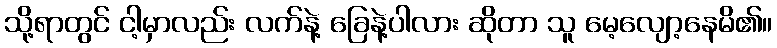
သို့ရာတွင် ငါ့မှာလည်း လက်နဲ့ ခြေနဲ့ပါလား ဆိုတာ သူ မေ့လျော့နေမိ၏။